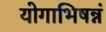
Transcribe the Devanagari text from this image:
योगाभिषन्नं